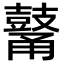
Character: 𪔜